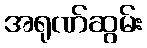
အရုဏ်ဆွမ်း